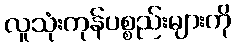
လူသုံးကုန်ပစ္စည်းများကို